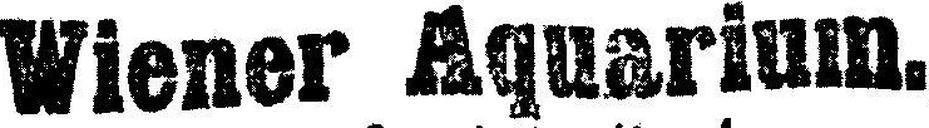
Wiener Aquarium.